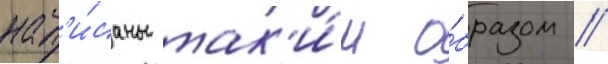
нап'и́саны так'и́м о́бразом /